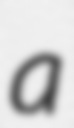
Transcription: a